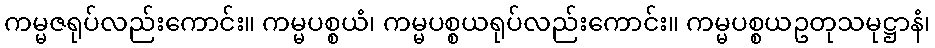
ကမ္မဇရုပ်လည်းကောင်း။ ကမ္မပစ္စယံ၊ ကမ္မပစ္စယရုပ်လည်းကောင်း။ ကမ္မပစ္စယဥတုသမုဋ္ဌာနံ၊